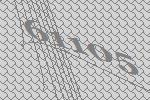
61105